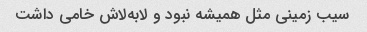
سیب زمینی مثل همیشه نبود و لابه‌لاش خامی داشت